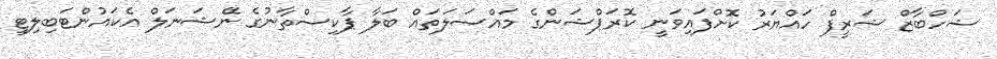
ޝަހްބާޒް ޝަރީފް ހައްޔަރު ކޮށްފައިވަނީ ކޮރަޕްޝަންގެ މައްސަލަތައް ބަލާ ޕާކިސްތާނުގެ ނޭޝަނަލް އެކައުންޓަބިލިޓީ